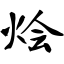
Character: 烩